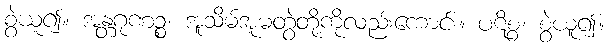
စွဲယူ၍။ အန္တဂုဏဉ္စ၊ အူသိမ်အူမတွဲတို့ကိုလည်းကောင်း။ ပဋိစ္စ၊ စွဲယူ၍။